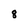
Character: 8